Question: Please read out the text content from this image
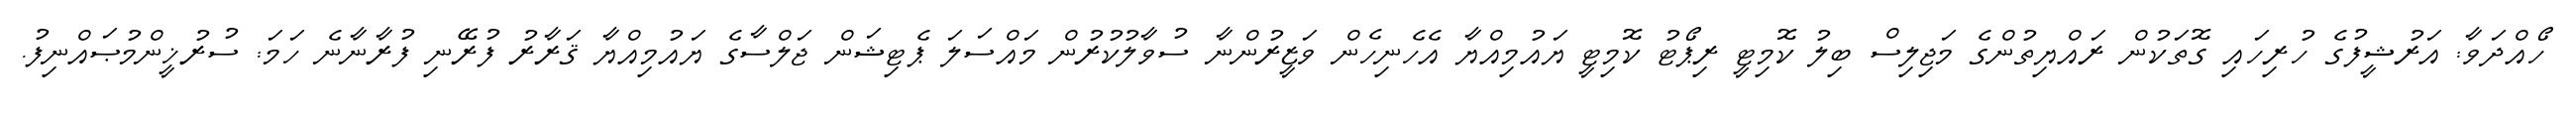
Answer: ހޯއްދަވާ: އަރުޝީފުގެ ހުރިހައި ގޮތަކުން ރައްޔިތުންގެ މަޖިލިސް ބިލު ކޮމިޓީ ރިޕޯޓު ކޮމިޓީ ޔައުމިއްޔާ އެހެނިހެން ވަޒީރުންނާ ސުވާލުކުރުން މައްސަލަ ޕެޓިޝަން ޖަލްސާގެ ޔައުމިއްޔާ ޤަރާރު ފުރޭނި ފުރާނާނެ ހަމަ: ސުރުޚީންމުޞައްނިފު.